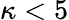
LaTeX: \kappa<5